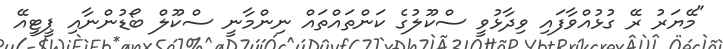
"މޭޔަރު ރޭ ގުޅުއްވާފައި ވިދާޅުވީ ސްކޫލުގެ ކަންތައްތައް ނިންމާނީ ސްކޫލް ބޯޑުންނާއި ޕީޓީއޭ